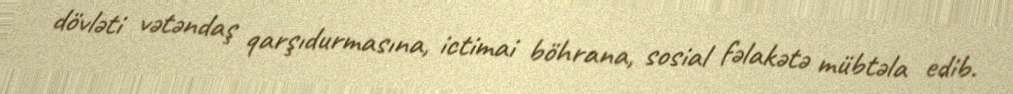
dövləti vətəndaş qarşıdurmasına, ictimai böhrana, sosial fəlakətə mübtəla edib.